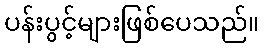
ပန်းပွင့်များဖြစ်ပေသည်။